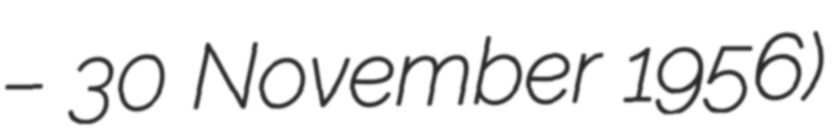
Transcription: – 30 November 1956)